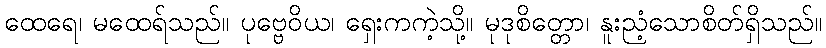
ထေရေ၊ မထေရ်သည်။ ပုဗ္ဗေဝိယ၊ ရှေးကကဲ့သို့။ မုဒုစိတ္တော၊ နူးညံ့သောစိတ်ရှိသည်။